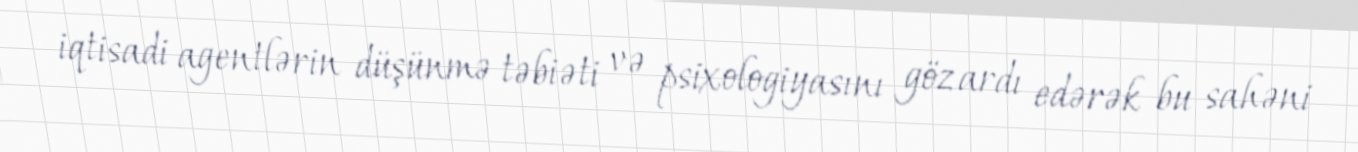
iqtisadi agentlərin düşünmə təbiəti və psixologiyasını göz ardı edərək bu sahəni